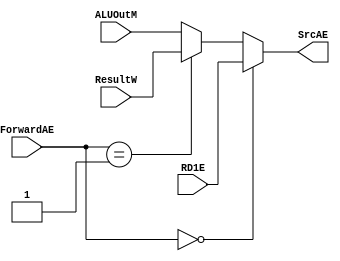
module ForwardAEMUX(RD1E, ResultW, ALUOutM, ForwardAE, SrcAE);
input [31:0] RD1E, ResultW, ALUOutM;
input [1:0] ForwardAE;

output [31:0] SrcAE;

assign SrcAE = (ForwardAE == 2'b00) ? RD1E : ((ForwardAE == 2'b01) ?  ResultW : ALUOutM);

endmodule